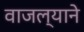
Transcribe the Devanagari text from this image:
वाजल्याने